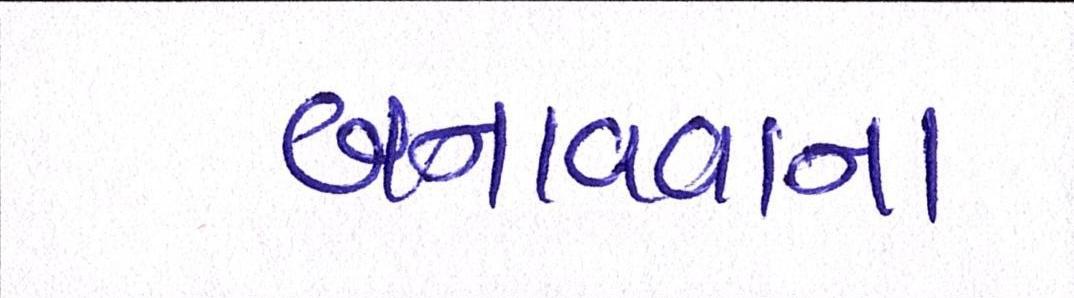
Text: બનાવવાના